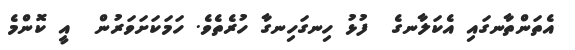
އެތަންތާނގައި އެކަލާނގެ  ފުޅު ހިނގަހިނގާ ހުރެތެވެ. ހަމަކަށަވަރުން  އީ ކޮންމެ